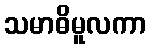
သမာဓိမူလကာ